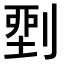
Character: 𠞐